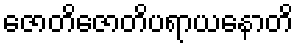
ဇောတိဇောတိပရာယနောတိ